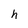
Character: h